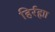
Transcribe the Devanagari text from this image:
हिर्रह्मा